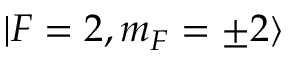
| F = 2 , m _ { F } = \pm 2 \rangle